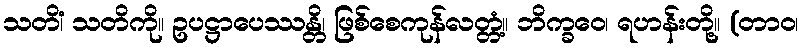
သတိံ၊ သတိကို။ ဥပဋ္ဌာပေဿန္တိ၊ ဖြစ်စေကုန်လတ္တံ့။ ဘိက္ခဝေ၊ ရဟန်းတို့။ (တာဝ၊